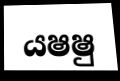
යෂෂු